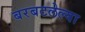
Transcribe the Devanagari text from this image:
बरबटलेल्या